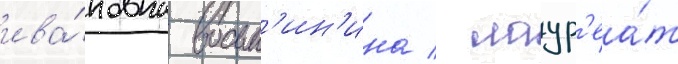
ива́новна восьм'ин'ина / лаур'еа́т